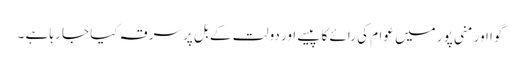
گوا اور منی پور میں عوام کی رائے کا پیسے اور دولت کے بل پر سرقہ کیا جا رہا ہے ۔